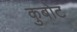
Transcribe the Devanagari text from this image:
कुबोट